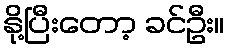
နို့ပြီးတော့ ခင်ဦး။